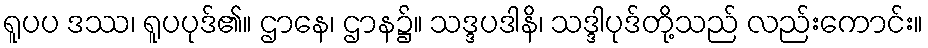
ရူပပ ဒဿ၊ ရူပပုဒ်၏။ ဌာနေ၊ ဌာန၌။ သဒ္ဒပဒါနိ၊ သဒ္ဒါပုဒ်တို့သည် လည်းကောင်း။